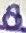
Text: 8